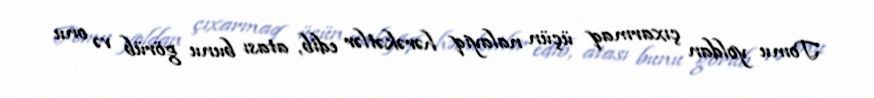
Tomu yoldan çıxarmaq üçün nalayiq hərəkətlər edib, atası bunu görüb və onu